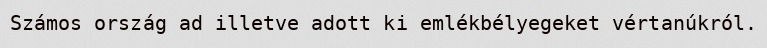
Számos ország ad illetve adott ki emlékbélyegeket vértanúkról.